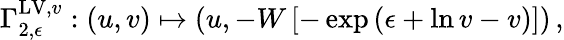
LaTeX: \Gamma_{2,\epsilon}^{\mathrm{LV},v}:(u,v)\mapsto\left(u,-W\left[-\exp\left(\epsilon+\ln v-v\right)\right]\right)\, ,